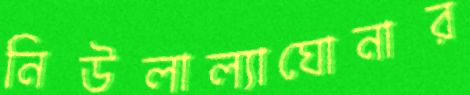
নিউলাল্যাঘোনার